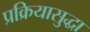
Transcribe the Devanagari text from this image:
प्रक्रियासुद्धा